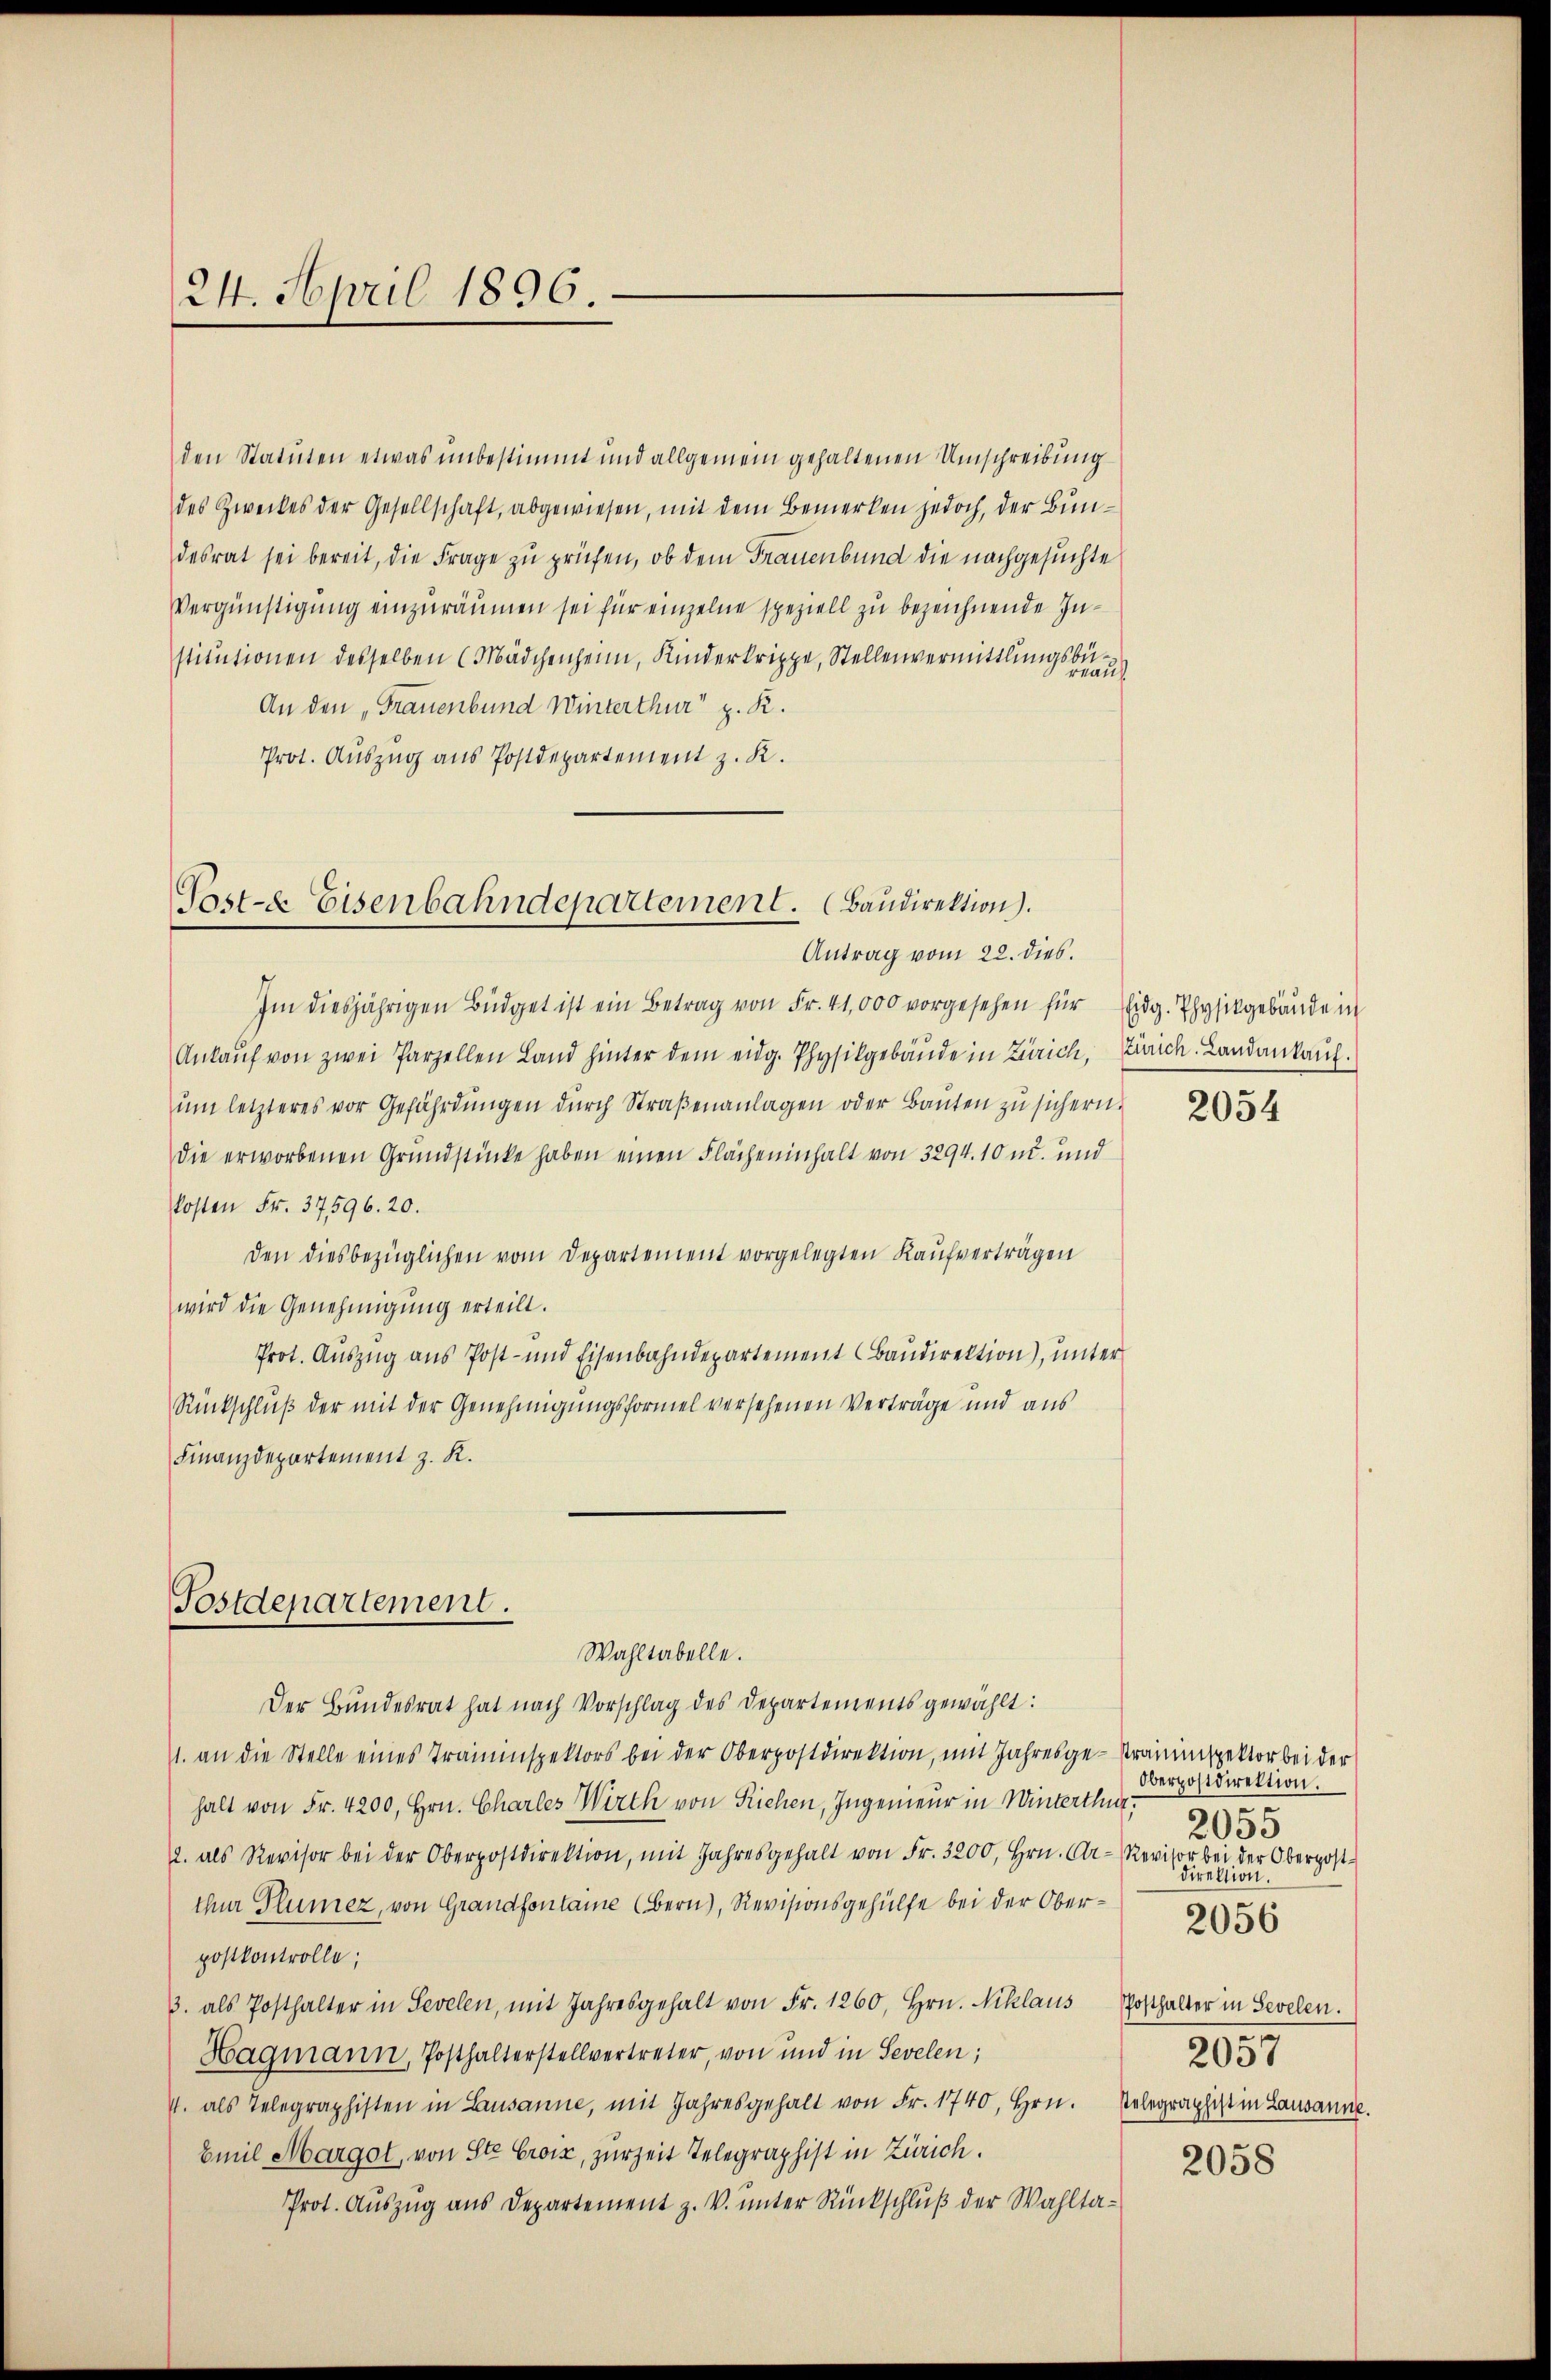
24. April 1896.

den Statuten etwas unbestimmt und allgemein gehaltenen Umschreibung
des Zweckes der Gesellschaft, abgewiesen, mit dem Bemerken jedoch, der Bundesrat sei bereit, die Frage zu prüfen, ob dem Frauenbund die nachgesuchte
Vergünstigung einzuräumen sei für einzelne speziell zu bezeichnende Institutionen desselben (Mädchenheim, Kinderkrippe, Stellenvermittlungsbu
An den „Frauenbund Winterthur z. R.
Prot. Auszug aus Postdepartement z. R.

Tast- & Eisenbahndepartement. Baudirektion).
Antrag vom 22. dies.

Im diesjährigen Büdget ist ein Betrag von Fr. 41,000 vorgesehen für Eidg. Physikgebäude in
Ankaŭf von zwei Parzellen Land hinter dem eidg. Physikgebäude in Zürich, Zürich. Landankauf.
ŭm letzteres vor Gefährdŭngen dŭrch Straβenanlagen oder Baŭten zu sichern.
die erworbenen Grundstücke haben einen Flächeninhalt von 3294. 10 u. und
kosten Fr. 37596. 20.
den diesbezüglichen vom Departement vorgelegten Kaŭfverträgen
wird die Genehmigŭng erteilt.
Prot. Auszug aus Post- und Eisenbahndepartement Baudirektion), unter
Rückschluß der mit der Genehmigungsformel versehenen Verträge und aus
Finanzdepartement z. R.

Postdepartement.
Wahltabelle.

Der Bundesrat hat nach Vorschlag des Departements gewählt:
1. an die Stelle eines Traminspektors bei der Oberpostdirektion, mit Jahresge-Kramenspektor bei der
halt von Fr. 4200, Hrn. Charles Wirth von Riehen, Ingenieur in Winterthur:
2. als Revisor bei der Oberpostdirektion, mit Jahresgehalt von Fr. 3200, Hrn. Car- Revisor bei der Oberpostther Plumez, von Grandfontaine (Bern), Revisionsgehülfe bei der Oberpostkontrolle;
3. als Posthalter in Sevelen, mit Jahresgehalt von Fr. 1260, Hrn. Niklaus Posthalter in Sevelen.
Hagmann, Posthalterstellvertreter, von und in Sevelen;
4. als Telegraphisten in Lausanne, mit Jahresgehalt von Fr. 1740, Hrn. Telegraphist in Lausanne.
Emil Margot, von Ste Croiz, zur Zeit Telegraphist in Zürich.
Prot. Auszug aus Departement z. V. unter Rückschluß der Wahlta¬

2054

Oberpostdirektion.
.
2035
direktion.
2057
2058

2056